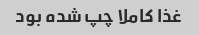
غذا کاملا چپ شده بود